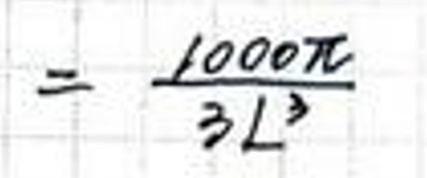
$= \frac{1000\pi}{3L^{2}}$